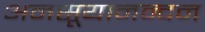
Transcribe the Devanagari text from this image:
अनसूयानन्‍दन